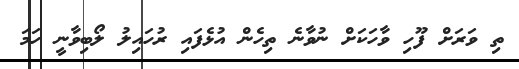
ތި ވަރަށް ފޫހި ވާހަކަށް ނުވާނެ ތިހެން އުޅެފައި ރުހައިލު ލޯބިވާނީ ހަމަ